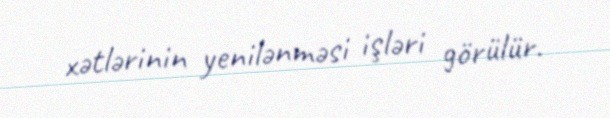
xətlərinin yenilənməsi işləri görülür.